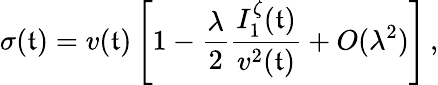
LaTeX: \sigma(\mathfrak{t})=v(\mathfrak{t})\left[1-\frac{{\lambda}}{{2}}\frac{{I_{1}^{\zeta}(\mathfrak{t})}}{{v^{2}(\mathfrak{t})}}+O(\lambda^{2})\right]\, ,